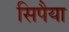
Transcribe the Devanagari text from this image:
सिपैया